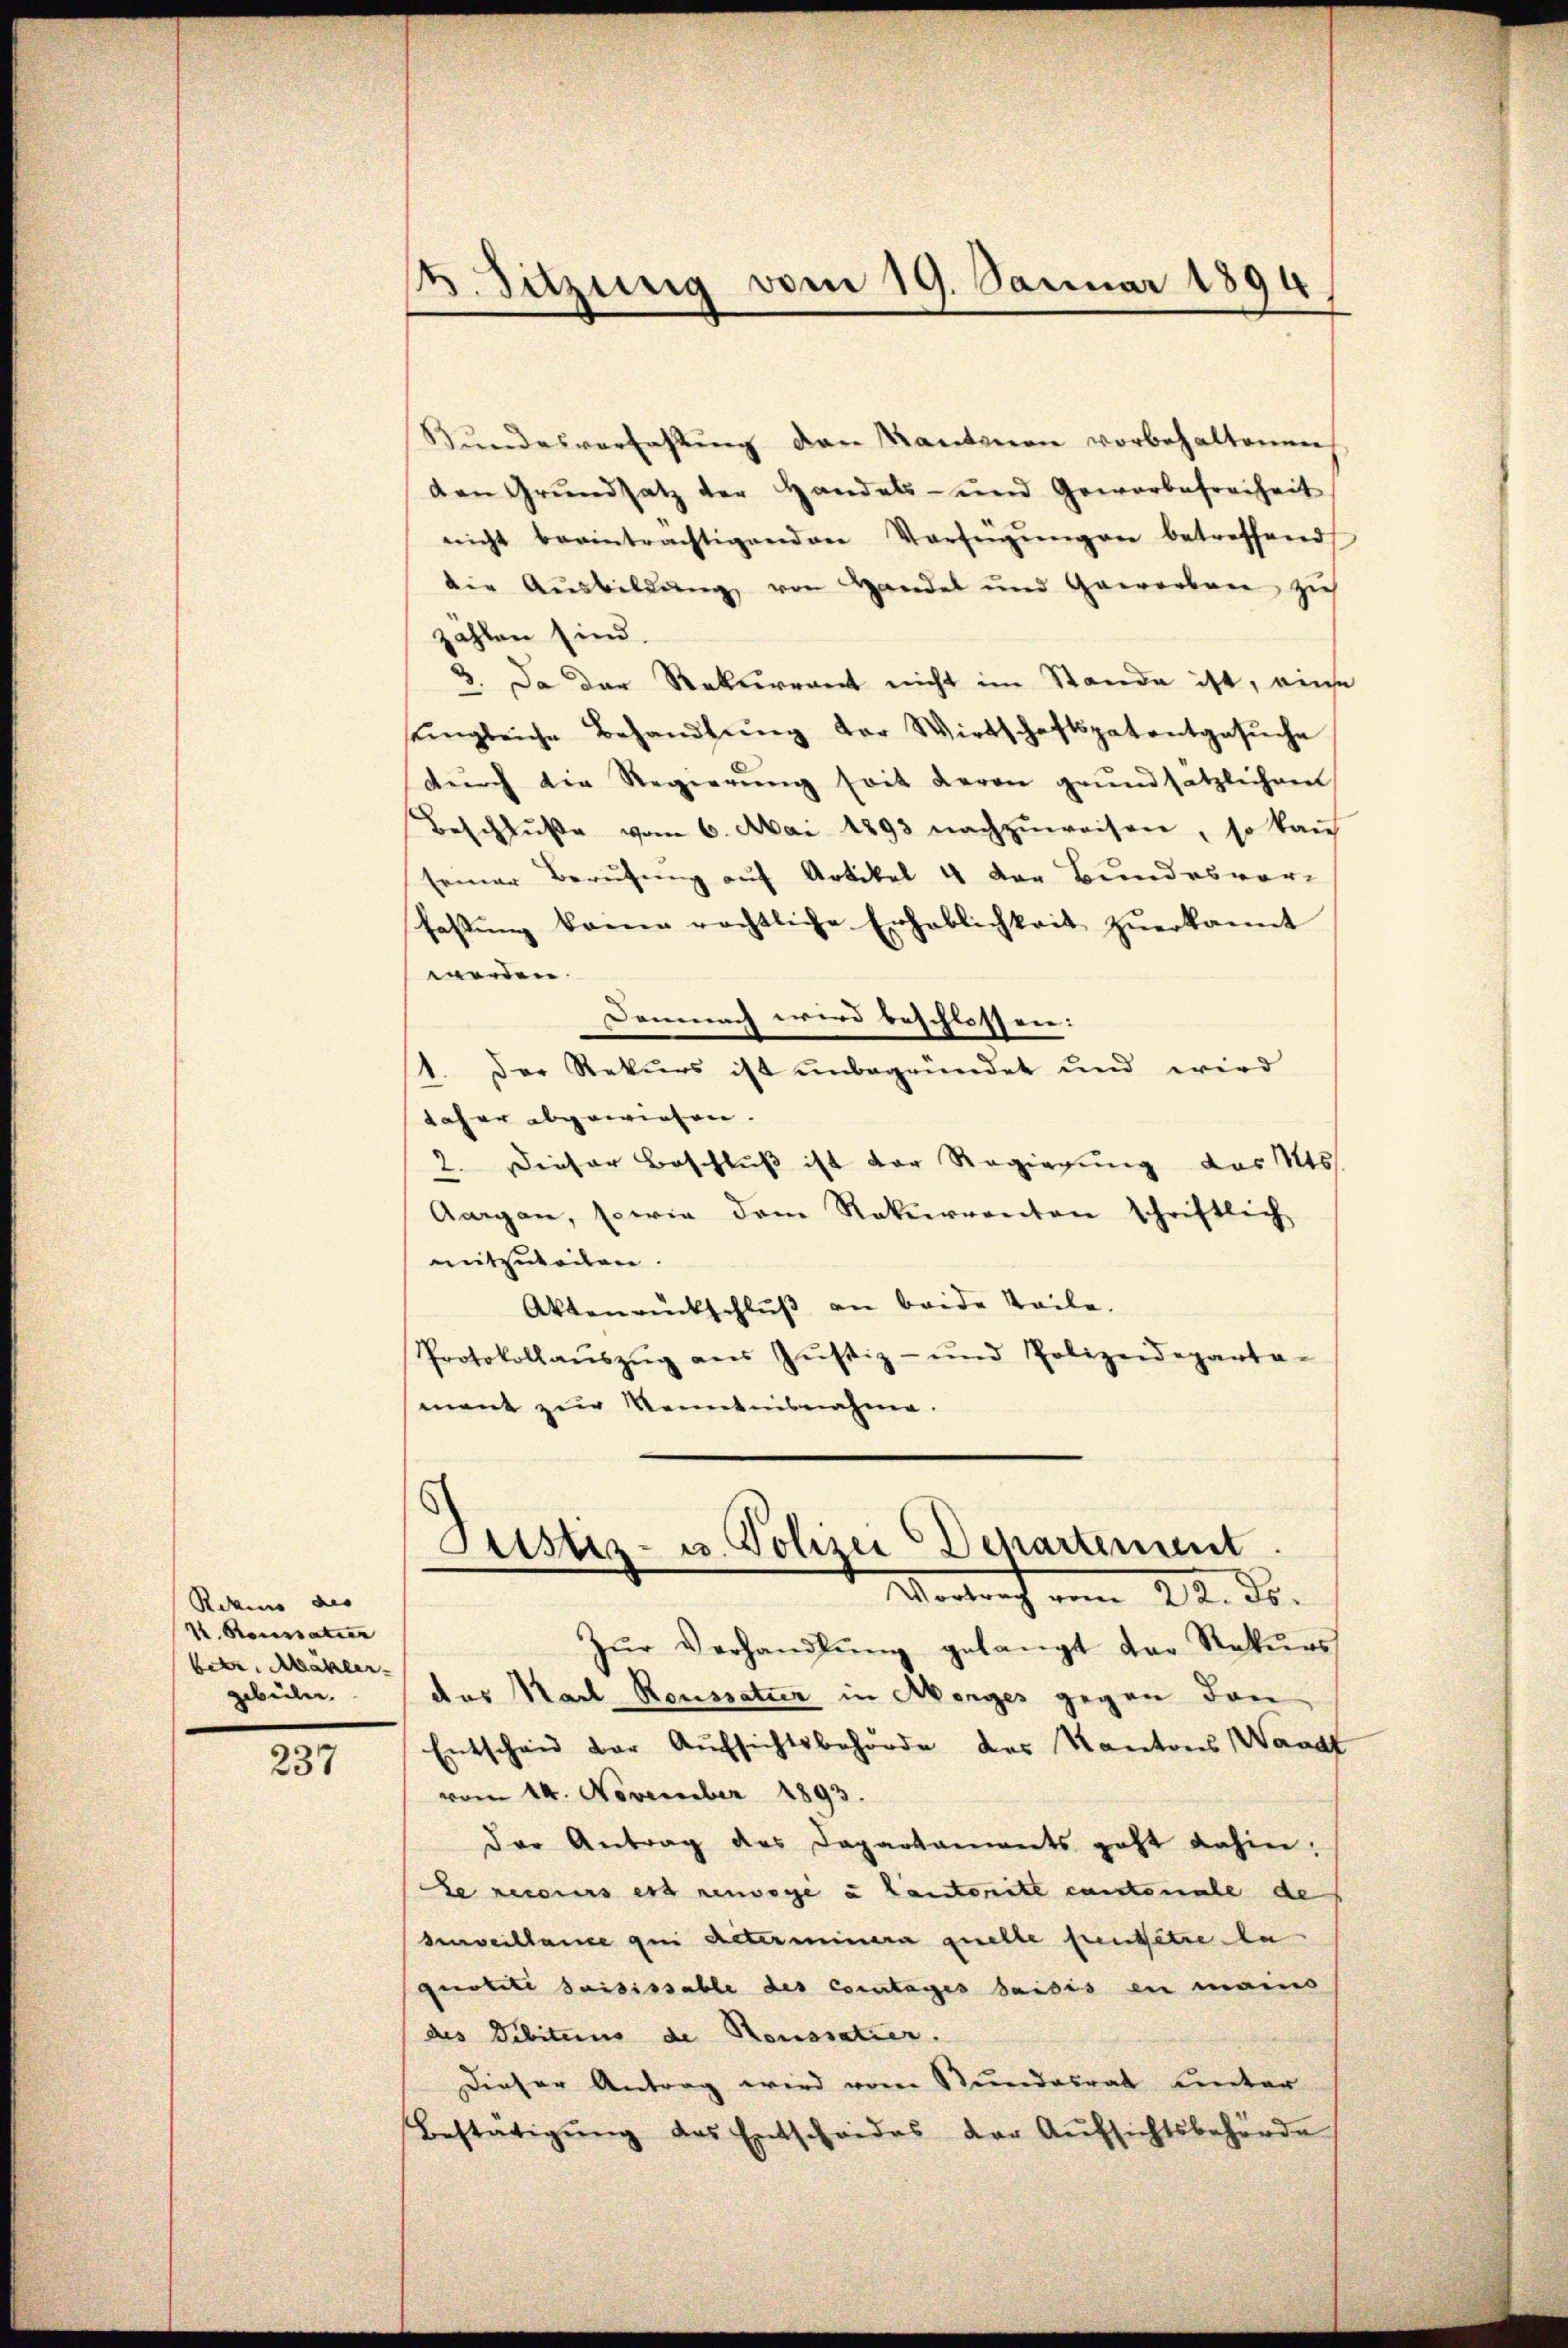
Rekens des
V. Roussatier
betr. Mäkler
gebeln.

237

. Sitzung vom 19. Januar 1894

Bundesverfassung den Kantonen vorbehaltenen
den Grŭndsatz der Handels- und Gewerbefreiheit
nicht beeinträchtigenden Verfügŭngen betreffend
die Aŭsbildŭng von Handel und Gewerben zŭ
zahlen sind.
3. Da der Rekurrent nicht im Stande ist, einse
sengleiche Behandlŭng der Wirtschaftspatentgesŭche
dŭrch die Regierŭng soit daran grundsätzlichen
Beschlŭβe vom 6. Mai 1893 nachzŭweisen, so kauf
seiner Berufung auf Artikel 4 der Bundesvor-
fassŭng baren rechtliche Erheblichkeit zŭerkannt
werden.
Demnach wird beschlossen:
1. Der Rekurs ist unbegründet und wird
daher abgewiesen.
2. Dieser Beschluß ist der Regierung des Kts.
Aargau, sowie dem Rekurrenten schriftlich
mitzuteilen.
Aktenrückschlŭβ an beide Teile.
Protokollaŭszŭg ans Jŭstiz- und Polizeideparta-
ment zur Kenntnisnahme.

Justiz- u. Polizei Departement
Vertrag vom 22. ds.

Zŭr Verhandlŭng gelangt der Rekŭrs
das Karl Roussatur in Abenges gegen den
Entscheid der Aufsichtsbehörde des Kantons Waadt
vom 14. November 1893.
der Antrag des Departaments geht dahin:
Le recours es nenwege u Lantritt cantonale de
surveillance qui aeterminera quelle sentsetze a
quobete saisissable des Contages saisis en manis
des Debitums de Roussatier.
Dieser Antrag wird vom Bundesrat unter
Bestätigŭng das Entscheides der Aŭfsichtsbehörde